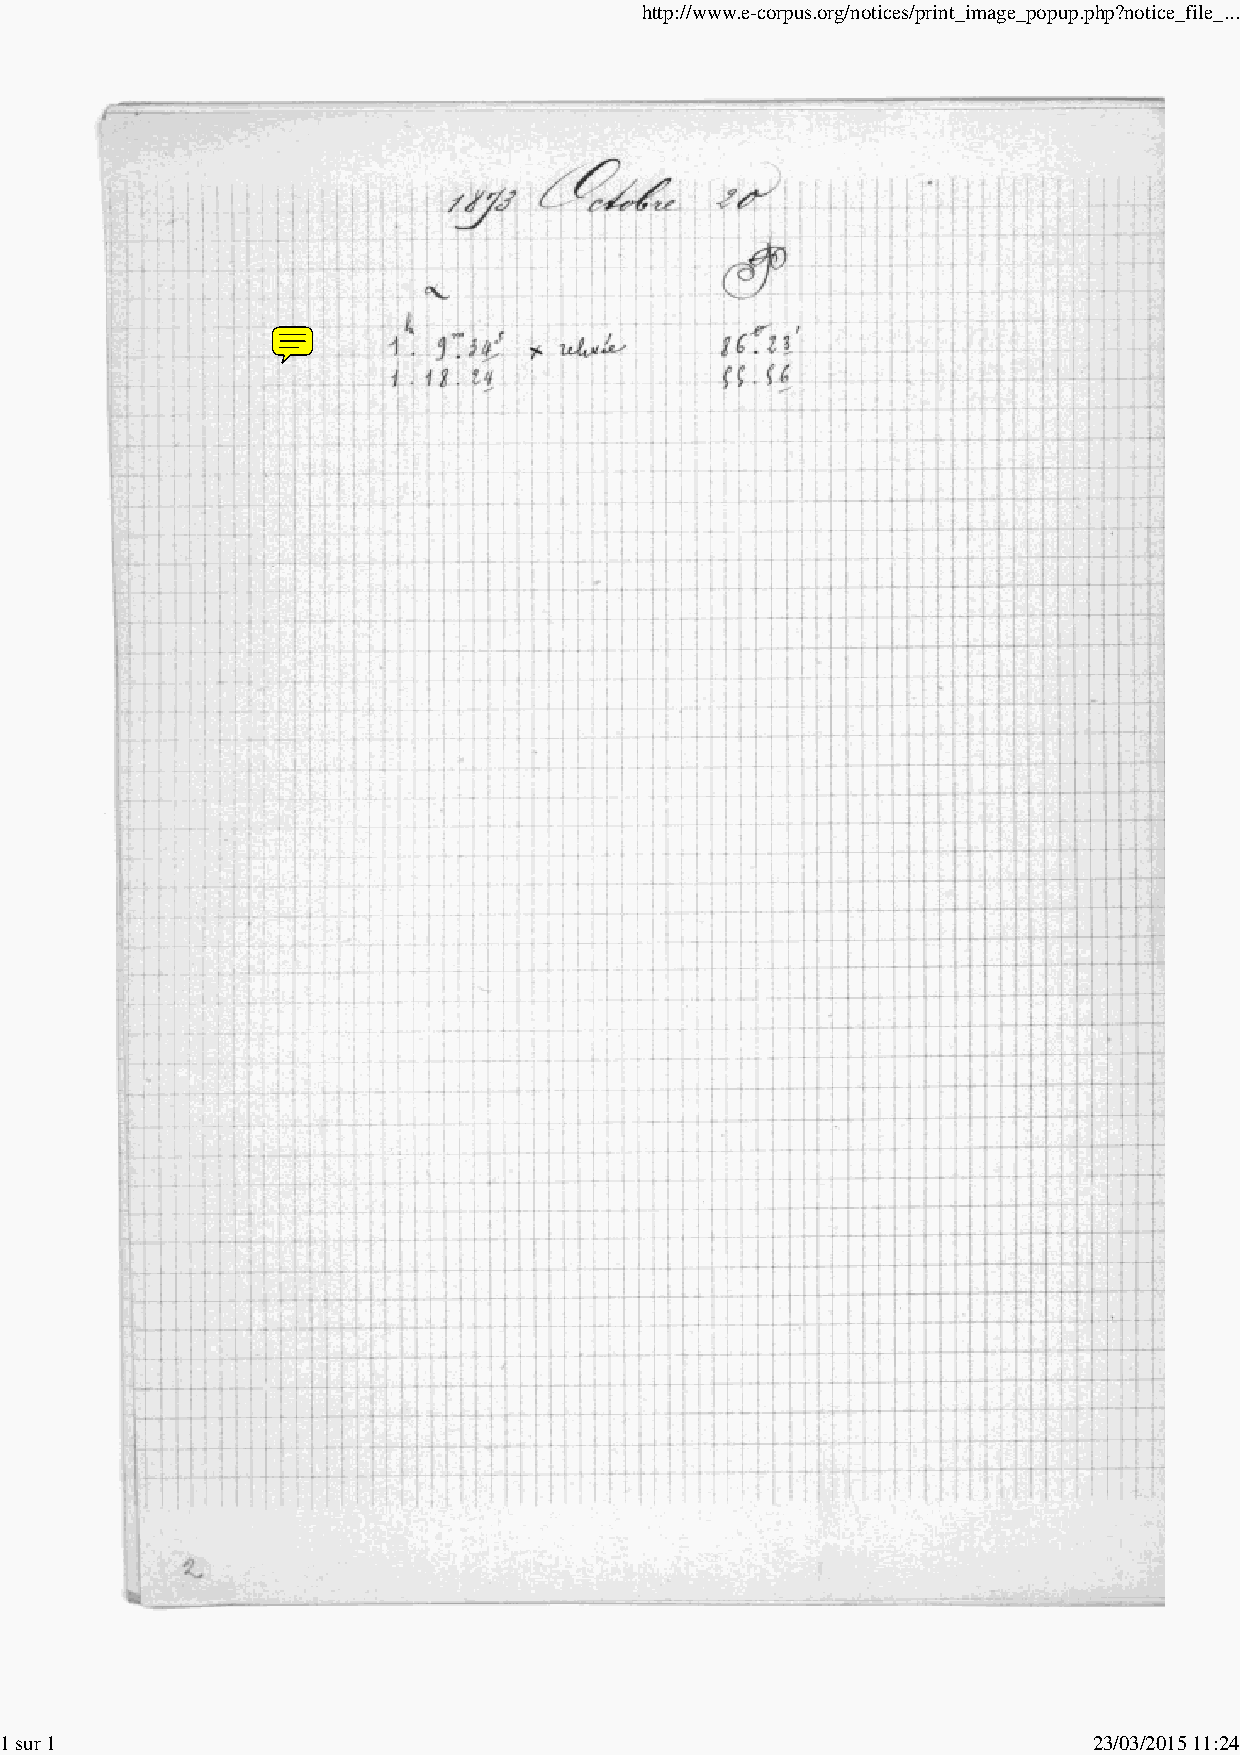
http://www.e-corpus.org/notices/print_image_popup.php?notice_file_...
 1 sur 1                                                                 23/03/2015 11:24